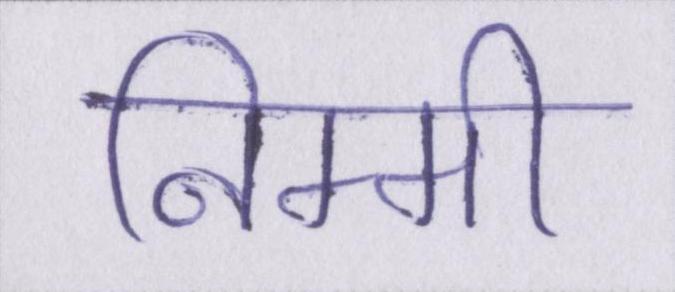
निम्मी